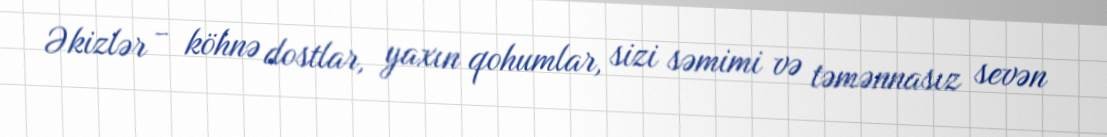
Əkizlər - köhnə dostlar, yaxın qohumlar, sizi səmimi və təmənnasız sevən